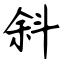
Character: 斜